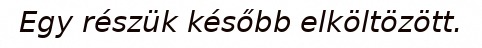
Egy részük később elköltözött.